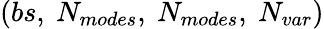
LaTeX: (bs,\ N_{modes},\ N_{modes},\ N_{var})